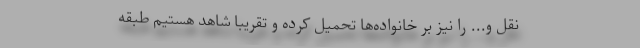
نقل و... را نیز بر خانواده‌ها تحمیل کرده و تقریبا شاهد هستیم طبقه